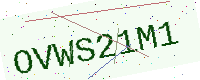
Text: OVWS21M1